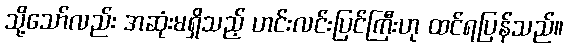
သို့သော်လည်း အဆုံးမရှိသည့် ဟင်းလင်းပြင်ကြီးဟု ထင်ရပြန်သည်။